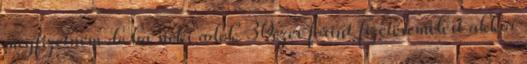
megfizetném de ha neki adok 30ezer forint fizetésemelést akkor